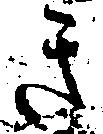
き